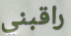
راقبني